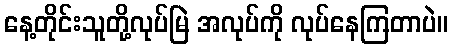
နေ့တိုင်းသူတို့လုပ်မြဲ အလုပ်ကို လုပ်နေကြတာပဲ။